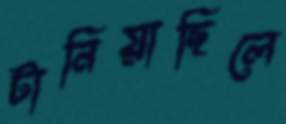
টানিয়াছিলে